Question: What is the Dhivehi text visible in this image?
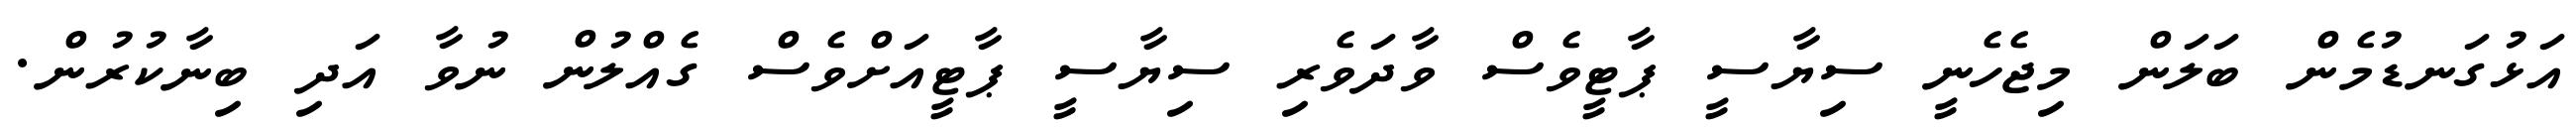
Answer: އަޅުގަނޑުމެން ބަލަން މިޖެހެނީ ސިޔާސީ ޕާޓީވެސް ވާދަވެރި ސިޔާސީ ޕާޓީއަށްވެސް ގެއްލުން ނުވާ އަދި ބިނާކުރުން.